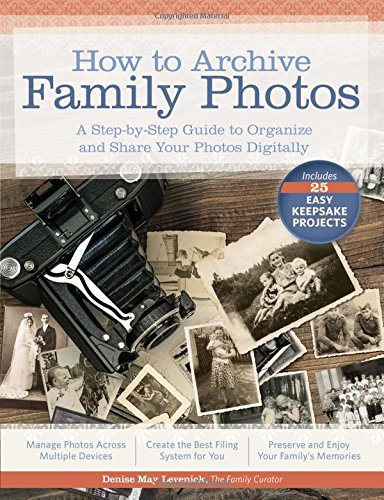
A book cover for How to Archive Family Photos: A Step-by-Step Guide to Organize and Share Your Photos Digitally; Denise May Levenick; Arts & Photography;